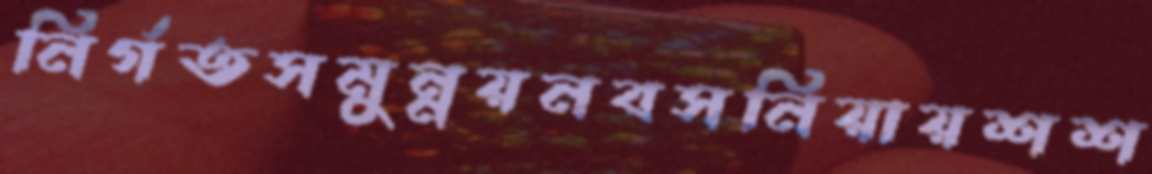
নির্গতসমুন্নয়নবসনিয়ায়শশ